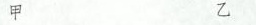
甲 乙